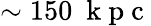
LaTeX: \sim 150~\mathrm{~k~p~c~}